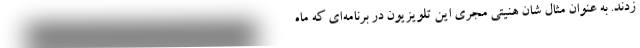
زدند. به عنوان مثال شان هنیتی مجری این تلویزیون در برنامه‌ای که ماه